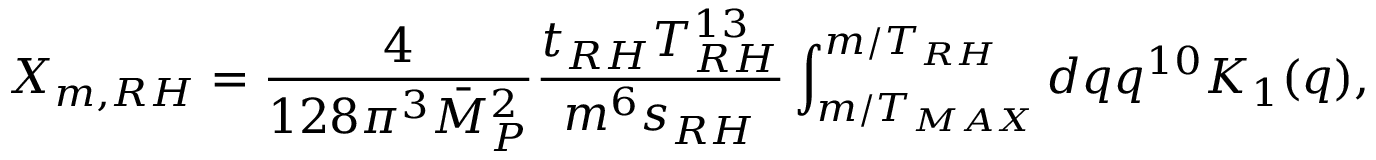
X _ { m , R H } = \frac { 4 } { 1 2 8 \pi ^ { 3 } \bar { M } _ { P } ^ { 2 } } \frac { t _ { R H } T _ { R H } ^ { 1 3 } } { m ^ { 6 } s _ { R H } } \int _ { m / T _ { M A X } } ^ { m / T _ { R H } } d q q ^ { 1 0 } K _ { 1 } ( q ) ,